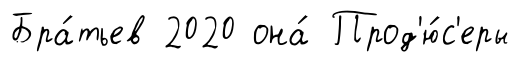
Бра́тьев 2020 она́ Прод'ю́с'еры